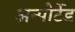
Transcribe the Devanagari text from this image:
अन्पोर्टेड